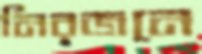
নিরজনে